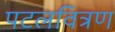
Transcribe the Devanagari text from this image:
पटलवित्रण